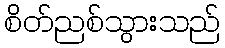
စိတ်ညစ်သွားသည်